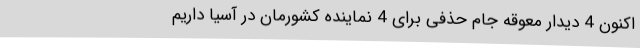
اکنون 4 دیدار معوقه جام حذفی برای 4 نماینده کشورمان در آسیا داریم